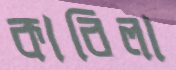
কাবিলা